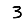
Digit: 3